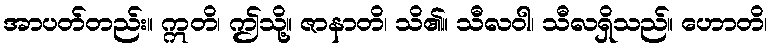
အာပတ်တည်း။ ဣတိ၊ ဤသို့။ ဇာနာတိ၊ သိ၏။ သီလဝါ၊ သီလရှိသည်။ ဟောတိ၊